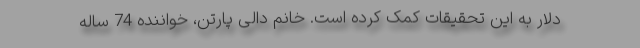
دلار به این تحقیقات کمک کرده است. خانم دالی پارتن، خواننده 74 ساله